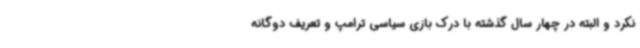
نکرد و البته در چهار سال گذشته با درک بازی سیاسی ترامپ و تعریف دوگانه